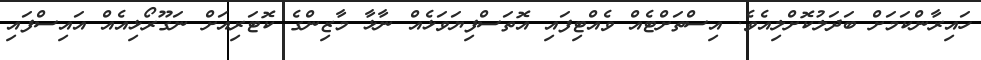
ހައިރާންކަމަށް ބަދަލުކޮށްލިއެވެ. އިސްތަށްޓެއް ވެއްޓިފައި އޮތަސްފިޔަވަޅެއް ނާޅާ މާޒިންގެ ކޮޓަރިއަށް ނަގޫރޯޅިއެއް އައިސްފައި